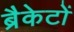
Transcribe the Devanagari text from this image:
ब्रैकेटों